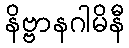
နိဗ္ဗာနဂါမိနီ